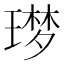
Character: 𮴬